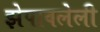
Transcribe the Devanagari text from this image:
झेपावलेली